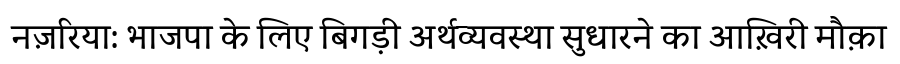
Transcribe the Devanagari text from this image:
नज़रिया: भाजपा के लिए बिगड़ी अर्थव्यवस्था सुधारने का आख़िरी मौक़ा